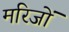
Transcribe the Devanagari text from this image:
मरिजों